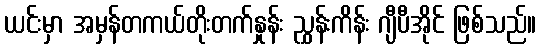
ယင်းမှာ အမှန်တကယ်တိုးတက်နှုန်း ညွှန်းကိန်း ဂျီပီအိုင် ဖြစ်သည်။